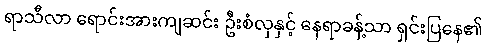
ရာသီလာ ရောင်းအားကျဆင်း ဦးစံလှနှင့် နေရာခန့်သာ ရှင်းပြနေ၏